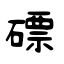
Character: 磦